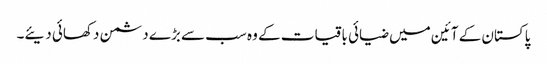
پاکستان کے آئین میں ضیائی باقیات کے وہ سب سے بڑے دشمن دکھائی دیئے۔